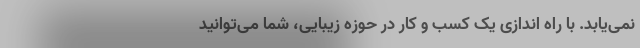
نمی‌یابد. با راه اندازی یک کسب و کار در حوزه زیبایی، شما می‌توانید